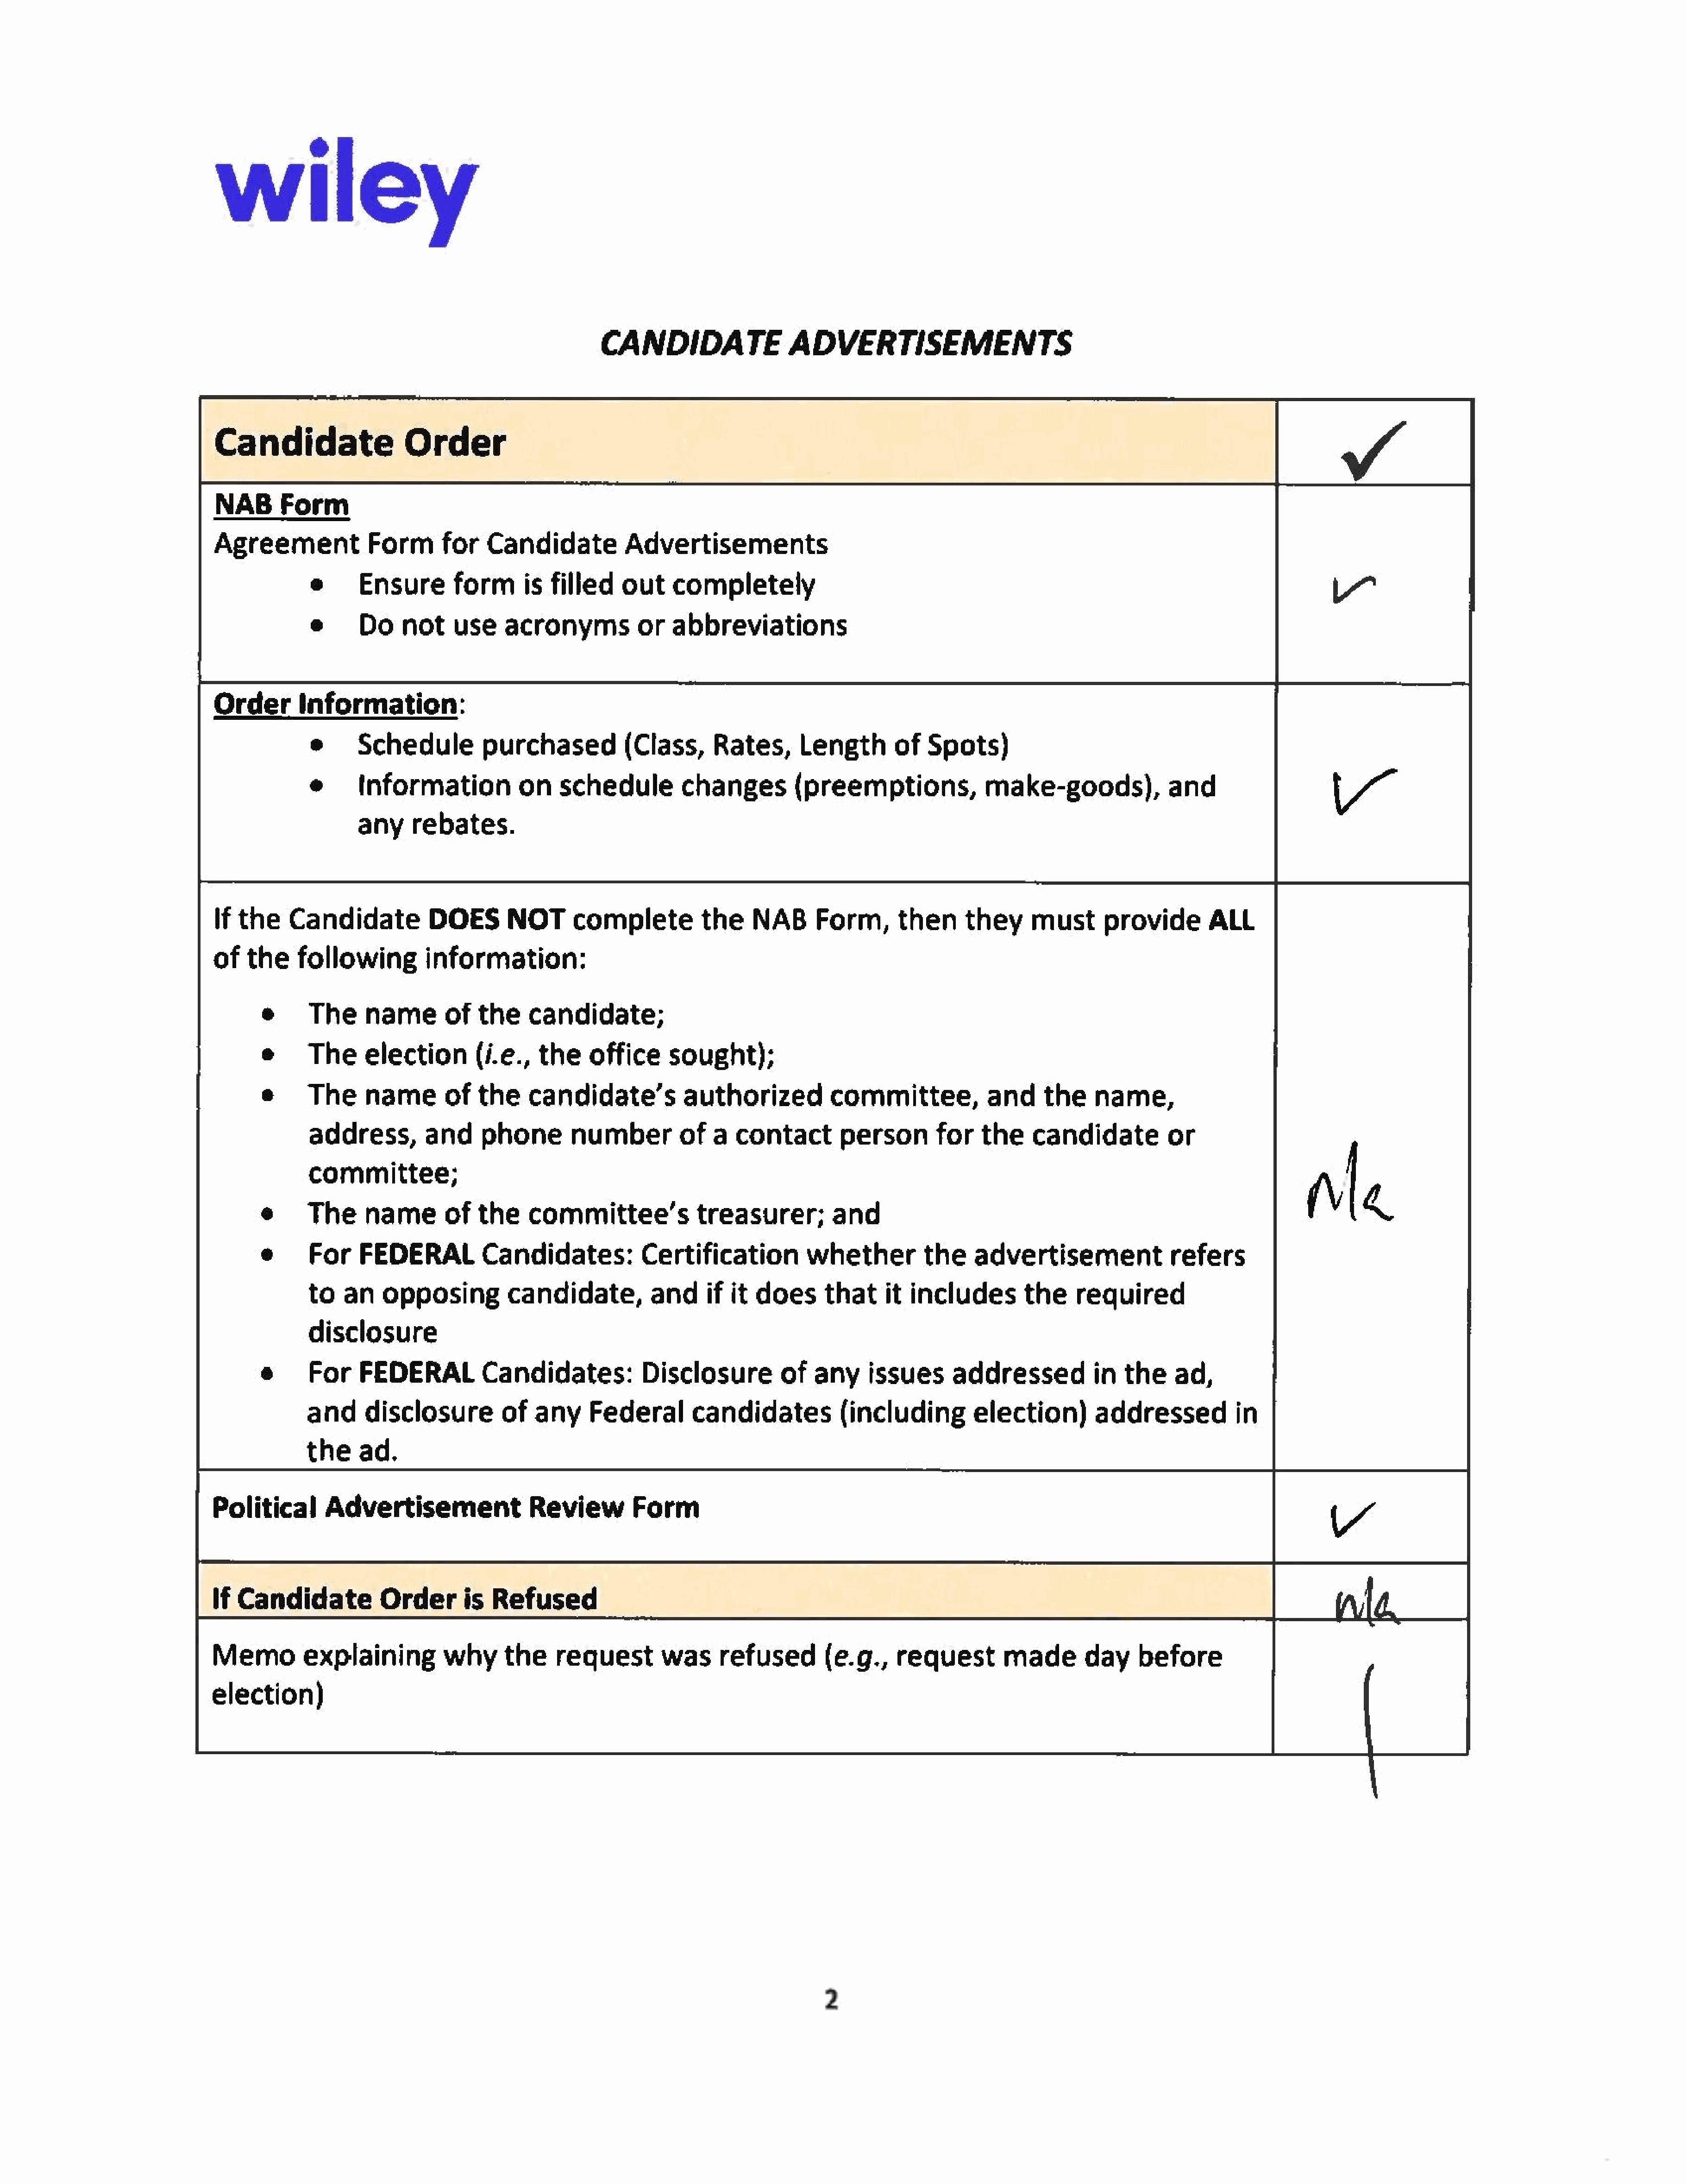
wiley
 e
 CANDIDATE                  ADVERTISEMENTS
 Candidate                  Order
 NAB      Form
 Agreement             Form      for    Candidate          Advertisements
 e      Ensure        formis        filled    out    completely
 e      Do     not    use    acronymsor              abbreviations
 Order       Information:
 e      Schedule          purchased           (Class,      Rates,      Length        of   Spots)
 e      Information            on    schedule         changes          (preemptions,              make-goods),              and
 any     rebates.
 If the    Candidate           DOES        NOT      complete          the     NAB      Form,      then      they      must      provide        ALL
 of  the     following         information:
 The     name    of      the     candidate;
 The  election        (i.e.,      the    office      sought);
 The     name    of      the     candidate’s           authorized           committee,            and     the     name,
 address,         and     phone        number       of     a  contact        person        for   the     candidate          or
 committee;
 The     nameof          the     committee’s             treasurer;         and
 For     FEDERAL          Candidates:          Certification            whether          the    advertisementrefers
 to   an    opposing          candidate,          andif       it does      that     it includes        the     required
 disclosure
 For     FEDERALCandidates:                    Disclosure            of  any     issues      addressed        in      the    ad,
 and  disclosure             of  any     Federal        candidates        (including            election)         addressed           in
 the    ad.
 Political       Advertisement                Review         Form
 If Candidate           Order       is   Refused
 Memoexplaining                  why      the     request       was      refused        (e.g.,    request         made       day     before             ae
 election)